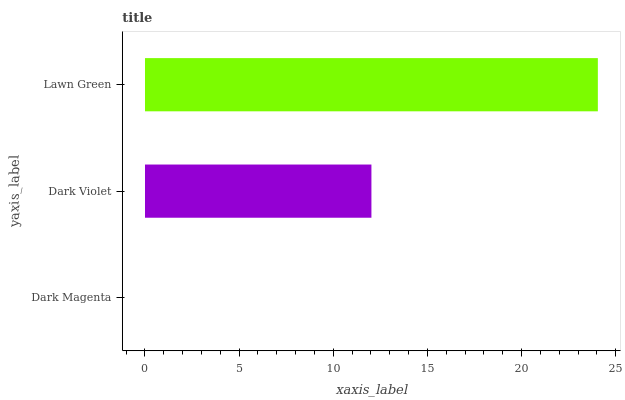
| yaxis_label | bars |
 | --- | --- |
 | Dark Magenta | 0 |
 | Dark Violet | 12 |
 | Lawn Green | 24.1 |